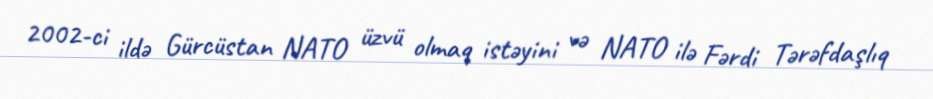
2002-ci ildə Gürcüstan NATO üzvü olmaq istəyini və NATO ilə Fərdi Tərəfdaşlıq